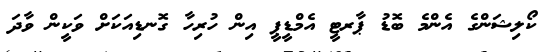
ކޯލިޝަންގެ އެންމެ ބޮޑު ޕާރޓީ އެމްޑީޕީ އިން ހުރިހާ ގޮނޑިއަކަށް ވަކީން ވާދަ